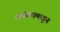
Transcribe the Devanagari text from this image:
त्यांच्यामधून